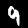
Label: 9